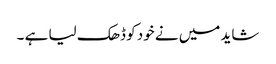
شاید میں نے خود کو ڈھک لیا ہے ۔